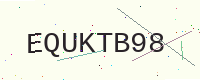
Text: EQUKTB98